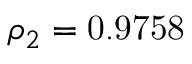
{ \rho _ { 2 } } = \mathrm { { 0 } } \mathrm { { . 9 7 5 8 } }